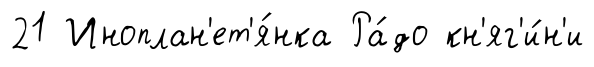
21 Иноплан'ет'я́нка Ра́до кн'яг'и́н'и